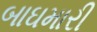
બાઘમારી